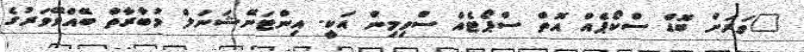
"ވަރަށް ބޮޑް ސްކޯޕެއް އޮތް ސްޕޯޓެއް ސްވިމިން އަކީ. އިންޓަނޭޝަނަލް މުބާރާތް ބޭއްވޭވަރުގެ